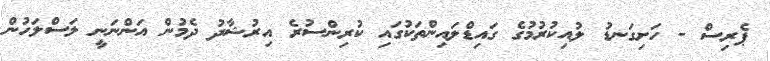
ޕެރިސް - ހަށިގަނޑު ލުއިކުރުމުގެ ގައިޑްލައިންތަކުގައި ކުރިންސުރެ އިރުޝާދު ދެމުން އަންނަނީ ލަސްލަހުން